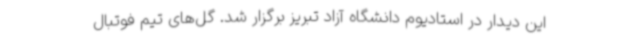
این دیدار در استادیوم دانشگاه آزاد تبریز برگزار شد. گل‌های تیم فوتبال